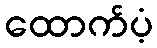
ထောက်ပံ့